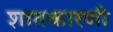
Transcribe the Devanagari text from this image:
शातकारणी